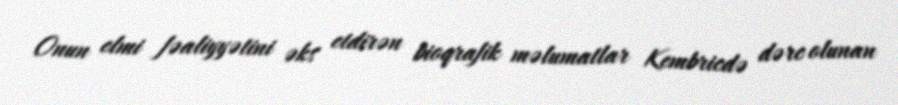
Onun elmi fəaliyyətini əks etdirən bioqrafik məlumatlar Kembricdə dərc olunan